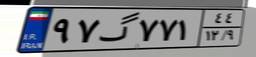
۹۷گ۷۷۱۴۴